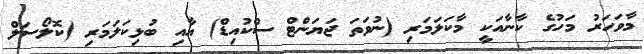
މާވަހަރު މަހުގެ ކާނާއަކީ މާކަލަމަރި (ނުވަތަ ޖަޔަންޓް ސްކުއިޑް) އާއި ބުޅިކަލަމަރި (ކޮލޯސަލް